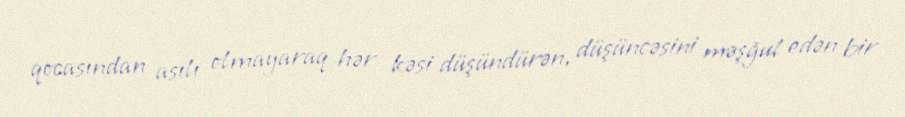
qocasından asılı olmayaraq hər kəsi düşündürən, düşüncəsini məşğul edən bir